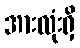
အားလုံးရှိ